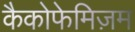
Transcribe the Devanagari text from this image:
कैकोफेमिज़म